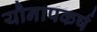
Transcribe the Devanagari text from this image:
यौनापकर्ष